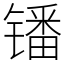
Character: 𫔍